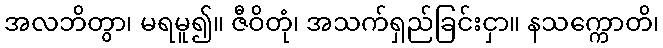
အလဘိတွာ၊ မရမူ၍။ ဇီဝိတုံ၊ အသက်ရှည်ခြင်းငှာ။ နသက္ကောတိ၊